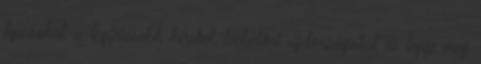
típusokat, a legfrissebb híreket, technikai újdonságokat és lepje meg